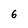
Character: 6